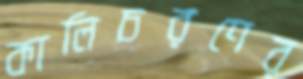
কালিচরণের